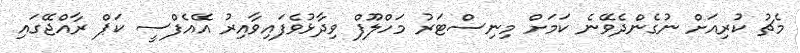
މެޗު ކުރިއަށް ނުގެންދެވޭނެ ކަމަށް މިނިސްޓަރު މަހްލޫފް ވިދާޅުވެފައިވާއިރު އޭއެފްސީ ކަޕް ރާއްޖޭގައި